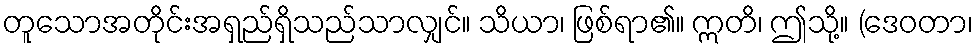
တူသောအတိုင်းအရှည်ရှိသည်သာလျှင်။ သိယာ၊ ဖြစ်ရာ၏။ ဣတိ၊ ဤသို့။ (ဒေဝတာ၊